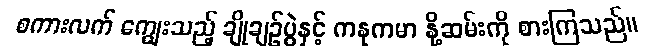
စကားလက် ကျွေးသည့် ချိုချဉ်ပွဲနှင့် ကနုကမာ နို့ဆမ်းကို စားကြသည်။